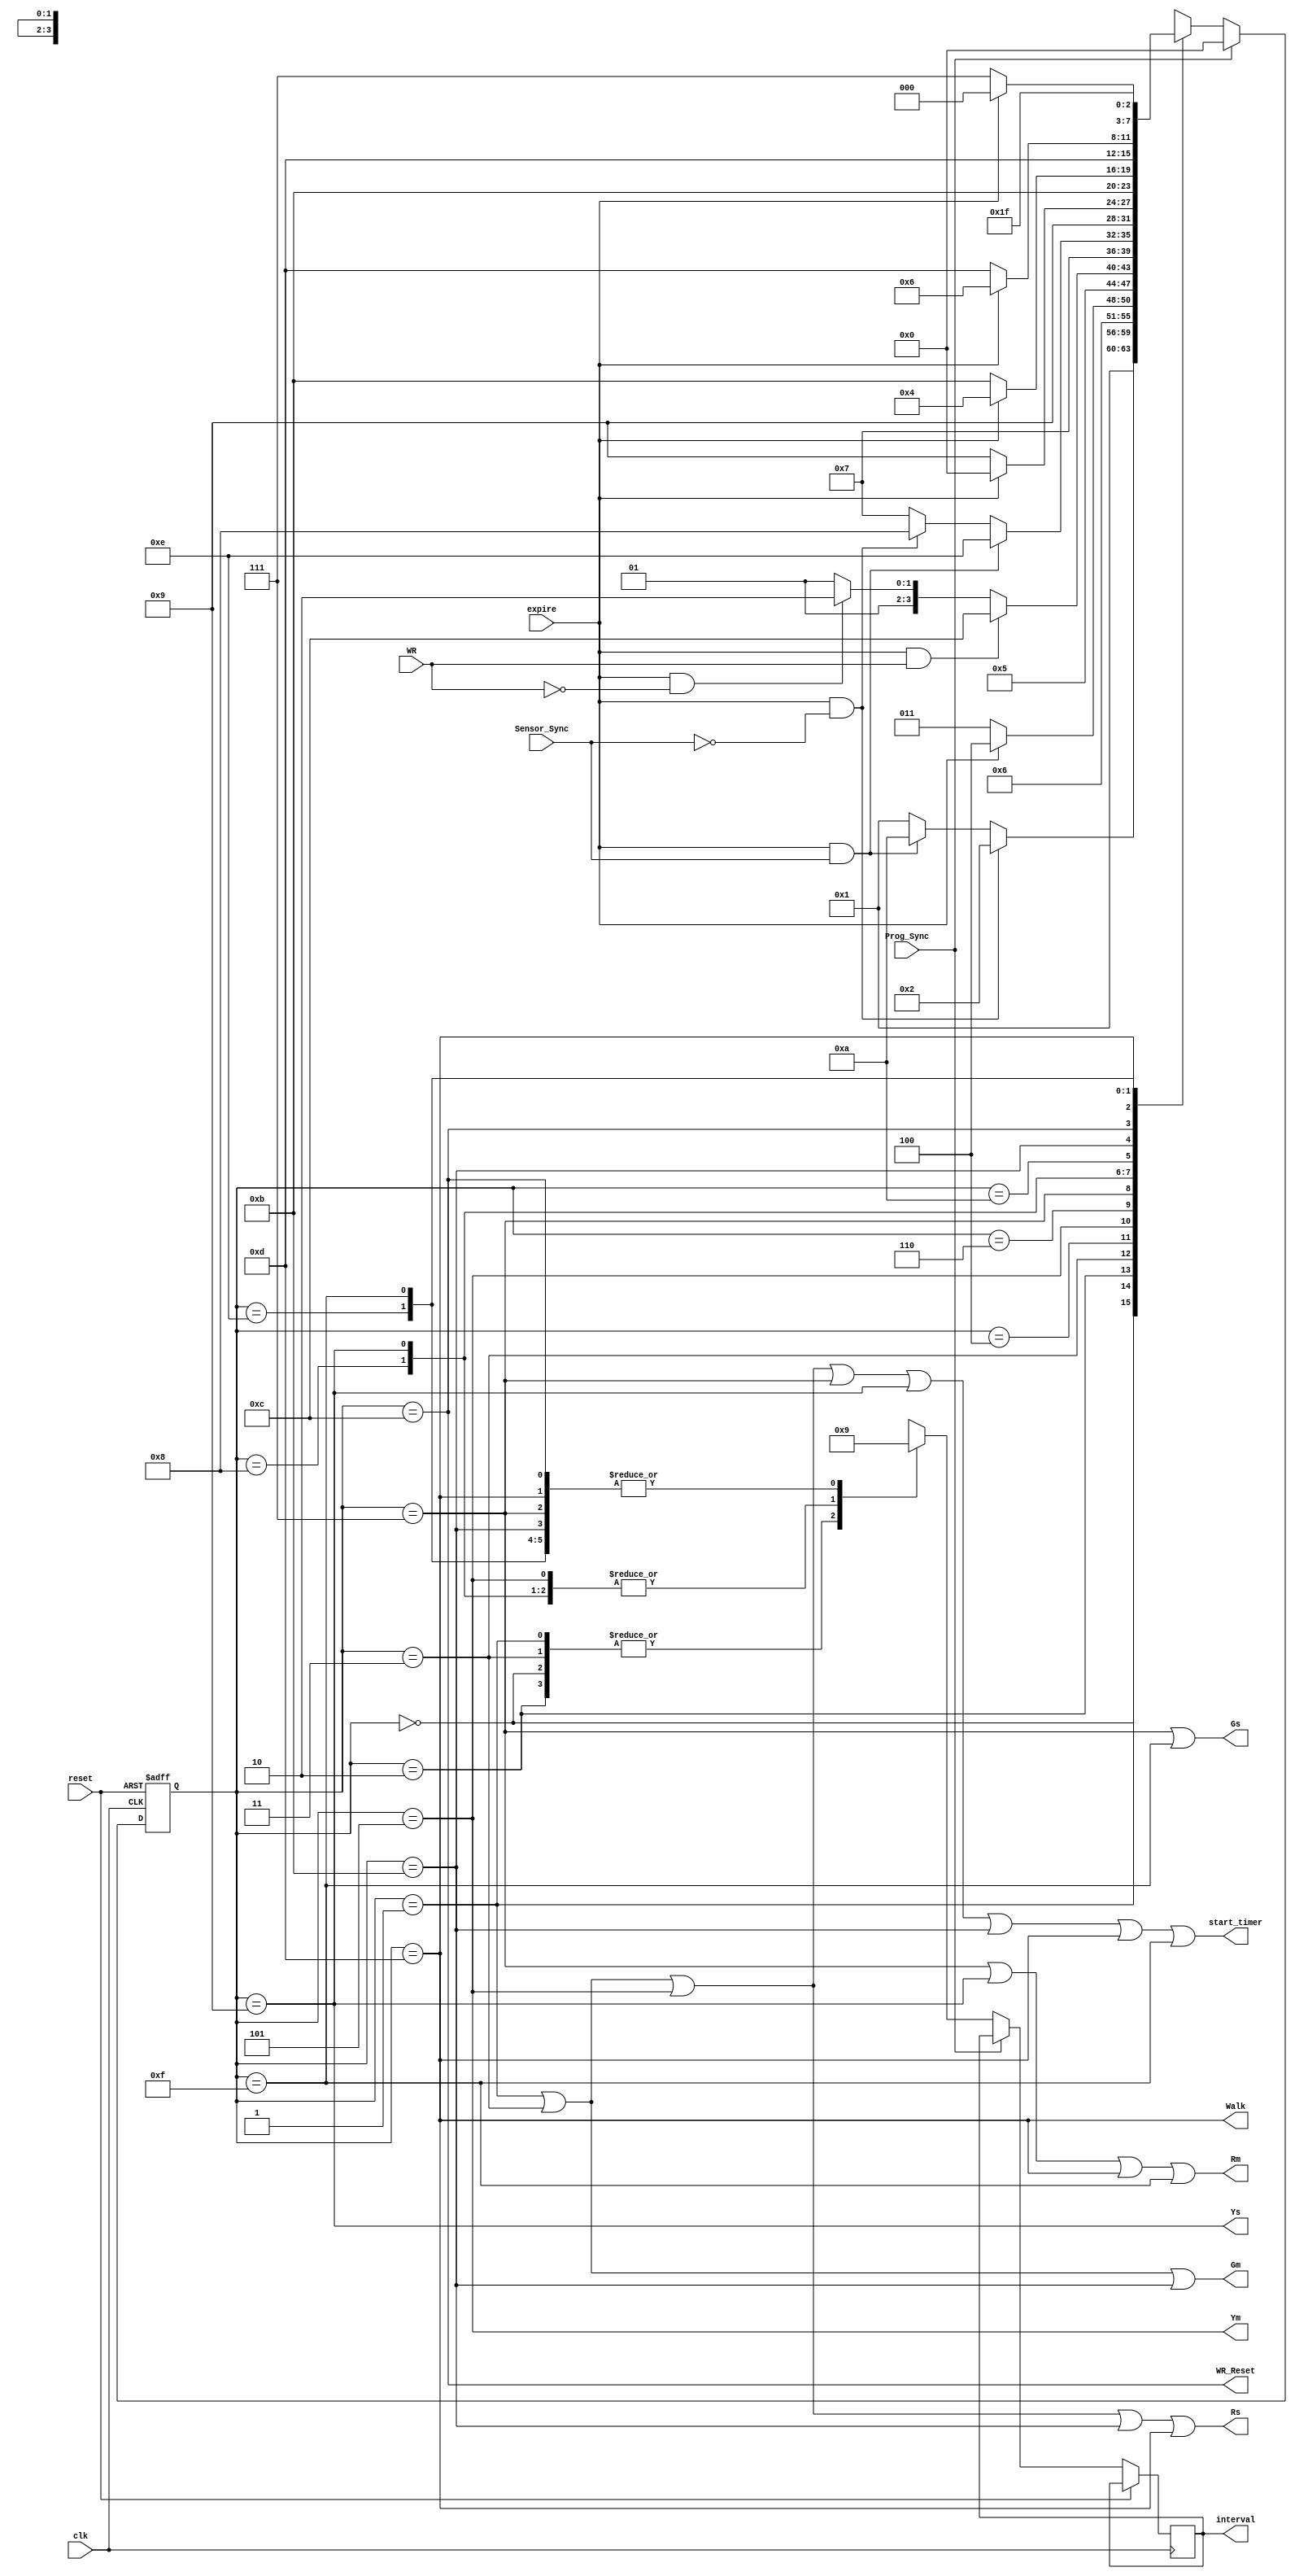
module FSM_Semaforo(clk, reset, Sensor_Sync, WR, Prog_Sync, expire, WR_Reset, interval, start_timer, Rm, Ym, Gm, Rs, Ys, Gs, Walk);
	 
	 //Definicion de las variables
	 input clk, Prog_Sync, WR, expire, Sensor_Sync, reset;
	 output WR_Reset, Rm, Ym, Gm, Rs, Ys, Gs, Walk, start_timer;
	 output reg [1:0] interval;
	 reg [3:0] state;
		
	 //Definimos todos los estados de la FSM
	 parameter STATE_0 = 0;
	 parameter STATE_1 = 1;
	 parameter STATE_2 = 2;
	 parameter STATE_3 = 3;
	 parameter STATE_4 = 4;
	 parameter STATE_5 = 5;
	 parameter STATE_6 = 6;
	 parameter STATE_7 = 7;
	 parameter STATE_8 = 8;
	 parameter STATE_9 = 9;
	 parameter STATE_10 = 10;
	 parameter STATE_11 = 11;
	 parameter STATE_12 = 12;
	 parameter STATE_13 = 13;
	 parameter STATE_14 = 14;
	 parameter STATE_15 = 15;
	 
	 always@(posedge clk or posedge reset)
	 begin
		if (reset) //Si se presiona el reset, se reinicia al estado 0
			begin
				state <= STATE_0;
			end
		else if (Prog_Sync) //Si se presona Prog_Sync se reinicia al estado 0
			begin
				state <= STATE_0;
			end
		else
			begin
				case(state)//Se va recorriendo estado por estado
					STATE_0:
						begin
							interval <= 2'b00;
							state <= STATE_1;
						end
					STATE_1:
						begin
							interval <= 2'b00;
							if (expire & !Sensor_Sync)
									state <= STATE_2;
							else if (expire & Sensor_Sync) 
								state <= STATE_10;
							else 
								state <= STATE_1;
						end
					STATE_2:
						begin
							interval <= 2'b00;
							state <= STATE_3;
						end
					STATE_3:
						begin
							interval <= 2'b00;
							if (expire) 
								state <= STATE_4;
							else 
								state <= STATE_3;							
						end
					STATE_4:
						begin
							interval <= 2'b10;
							state <= STATE_5;
						end
					STATE_5:
						begin
							interval <= 2'b10;
							if (expire & WR) 
								state <= STATE_12;
							else if (expire & !WR) 
								state <= STATE_6;
							else 
								state <= STATE_5;
						end
					STATE_6:
						begin
							interval <= 2'b01;
							state <= STATE_7;
						end
					STATE_7:
						begin
							interval <= 2'b01;
							if (expire & Sensor_Sync) 
								state <= STATE_14;
							else if (expire & !Sensor_Sync) 
								state <= STATE_8;
							else 
								state <= STATE_7;
						end
					STATE_8:
						begin
							interval <= 2'b10;
							state <= STATE_9;
						end
					STATE_9:
						begin
							interval <= 2'b10;
							if (expire) 
								state <= STATE_0;
							else 
								state <= STATE_9;
						end
					STATE_10:
						begin
							interval <= 2'b01;
							state <= STATE_11;
						end
					STATE_11:
						begin
							interval <= 2'b01;
							if (expire) 
								state <= STATE_4;
							else 
								state <= STATE_11;
						end
					STATE_12:
						begin
							interval <= 2'b01;
							state <= STATE_13;
						end
					STATE_13:
						begin
							interval <= 2'b01;
							if (expire) 
								state <= STATE_6;
							else 
								state <= STATE_13;
						end
					STATE_14:
						begin
							interval <= 2'b01;
							state <= STATE_15;
						end
					STATE_15:
						begin
							interval <= 2'b01;
							if(expire) 
								state <= STATE_8;
							else 
								state <= STATE_15;
						end
					default: 
						begin
							state <= STATE_0;
							interval <= 2'b00;
						end
				endcase
			end
	 end
	
	//Se define el valor de la salida para casa ciclo de reloj
	assign start_timer = (state == STATE_1 || state == STATE_3 || state == STATE_5 || state == STATE_7 || state == STATE_9 || state == STATE_11 || state == STATE_13 || state == STATE_15);
	assign Rm = (state == STATE_7 || state == STATE_9 || state == STATE_13 || state == STATE_15);
	assign Ym = (state == STATE_5);
	assign Gm = (state == STATE_1 || state == STATE_3 || state == STATE_11);
	assign Rs = (state == STATE_1 || state == STATE_3 || state == STATE_5 || state == STATE_11 || state == STATE_13);
	assign Ys = (state == STATE_9);
	assign Gs = (state == STATE_7 || state == STATE_15);
	assign Walk = (state == STATE_13);
	assign WR_Reset = (state == STATE_12);

endmodule